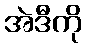
အဲဒီကို